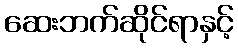
ဆေးဘက်ဆိုင်ရာနှင့်